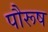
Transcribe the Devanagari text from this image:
पौरूष